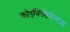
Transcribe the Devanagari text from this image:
कोइफिशियेन्‍टस